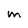
Character: M